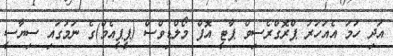
އަދި ހަމަ އެއަހަރު ޕްރޮގްރެސިވް ޕާޓީ އޮފް މޯލްޑިވްސް (ޕީޕީއެމް)ގެ ނަމުގައި ސިޔާސީ